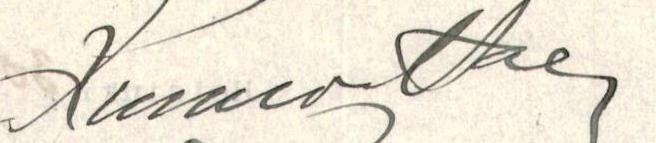
Kunnioittaen